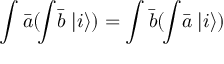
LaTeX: \int { \bar { a } } ( \! \int \! { \bar { b } } \; | i \rangle ) = \int { \bar { b } } ( \! \int \! { \bar { a } } \; | i \rangle )